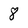
Character: 8